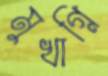
মুখাগ্নি